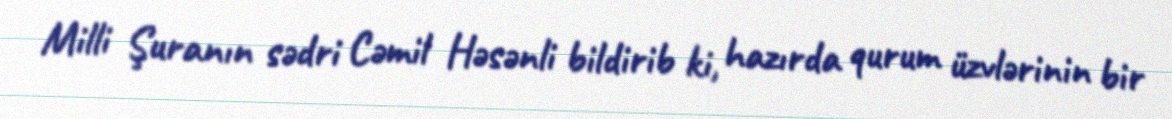
Milli Şuranın sədri Cəmil Həsənli bildirib ki, hazırda qurum üzvlərinin bir